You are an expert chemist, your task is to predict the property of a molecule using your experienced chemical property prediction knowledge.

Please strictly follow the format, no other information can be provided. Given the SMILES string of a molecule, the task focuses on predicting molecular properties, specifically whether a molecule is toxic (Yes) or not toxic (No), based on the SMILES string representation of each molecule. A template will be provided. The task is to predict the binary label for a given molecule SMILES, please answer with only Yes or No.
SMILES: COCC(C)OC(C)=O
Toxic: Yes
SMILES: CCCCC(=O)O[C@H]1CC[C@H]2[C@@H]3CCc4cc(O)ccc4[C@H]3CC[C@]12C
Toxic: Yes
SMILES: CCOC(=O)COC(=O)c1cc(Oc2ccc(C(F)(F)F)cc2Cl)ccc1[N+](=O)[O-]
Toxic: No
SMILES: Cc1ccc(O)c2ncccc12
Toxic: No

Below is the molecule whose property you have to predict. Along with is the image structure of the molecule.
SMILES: CCCCCCCCCCCCCCn1cc[n+](C)c1.O=S(=O)([N-]S(=O)(=O)C(F)(F)F)C(F)(F)F
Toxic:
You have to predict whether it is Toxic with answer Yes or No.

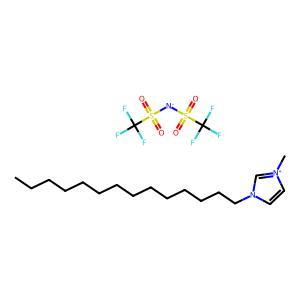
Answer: No